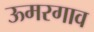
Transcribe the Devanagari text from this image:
ऊमरगाव